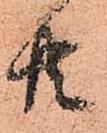
共